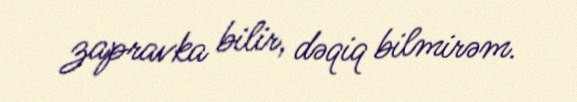
zapravka bilir, dəqiq bilmirəm.